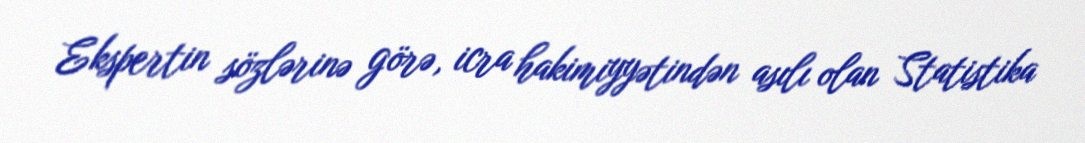
Ekspertin sözlərinə görə, icra hakimiyyətindən asılı olan Statistika